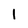
Character: 1